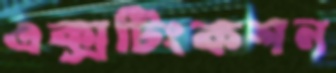
এক্সটিংকশন